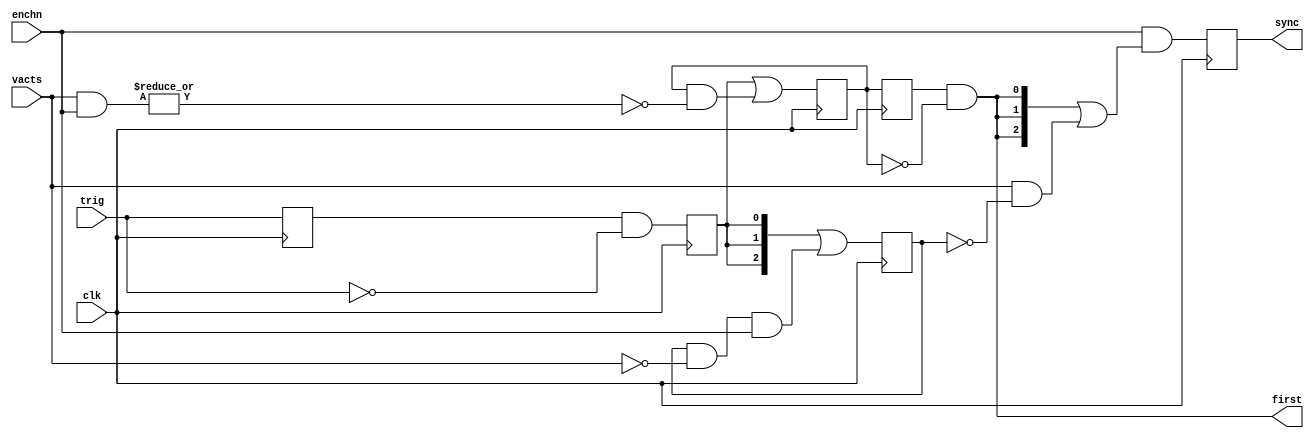
module sync_frames(clk,   /// @posedge
                   trig,  /// active low, always low in free running mode
                   vacts, /// [2:0] vacts (single cycle) from each of 3 channels
                   enchn, ///  [2:0] enabled channels
                   first, /// vacts from the first sesnor (valid in trigger mode only)
                   sync); /// single cycle (@posedge clk), one cycle dealy from vacts.

input         clk;
input         trig;
input  [2:0]  vacts;
input  [2:0]  enchn;
output        first;
output [2:0]  sync;

reg trig_d, trigs;
reg    [2:0]  wait_vacts=0;
reg           wait_first=0,wait_first_d=0;
reg    [2:0]  sync=0;
assign first= wait_first_d & ~wait_first;
always @ (posedge clk) begin
   trig_d <=trig;
   trigs  <= trig_d && !trig;
//   wait_vacts[2:0] <= trigs?3'b111:(wait_vacts[2:0] & ~vacts[2:0] & enchn[2:0]);
   wait_vacts[2:0] <= {3{trigs}} | (wait_vacts[2:0] & ~vacts[2:0] & enchn[2:0]);
//   wait_first      <= trigs?1'b1:  (wait_first & ~|(vacts[2:0] & enchn[2:0]));
   wait_first      <= trigs | (wait_first & ~|(vacts[2:0] & enchn[2:0]));
   wait_first_d    <= wait_first;
   sync[2:0] <= enchn[2:0] & ({3{first}} | (vacts[2:0] & ~wait_vacts[2:0]));
end
endmodule